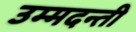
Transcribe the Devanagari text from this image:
उम्मदन्ती